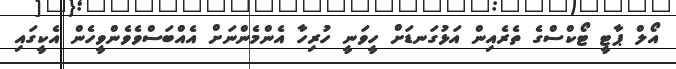
އޯލް ޕާޓީ ޓޯކްސްގެ ތެރެއިން އަޅުގަނޑަށް ހީވަނީ ހުރިހާ އެންމެންނަށް އެއްބަސްވެވެންވީހެން އެކީގައި